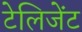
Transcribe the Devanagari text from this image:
टेलिजेंट